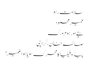
سلامت رہو
عمیر محمود
بچے اور ہوم ورک
صائمہ خان، کراچی
پیڈوفیلیا کامحرک سویا ہوا ضمیر!